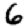
Digit: 6